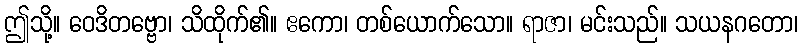
ဤသို့။ ဝေဒိတဗ္ဗော၊ သိထိုက်၏။ ဧကော၊ တစ်ယောက်သော။ ရာဇာ၊ မင်းသည်။ သယနဂတော၊